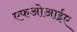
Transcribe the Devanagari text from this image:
एफओआईए